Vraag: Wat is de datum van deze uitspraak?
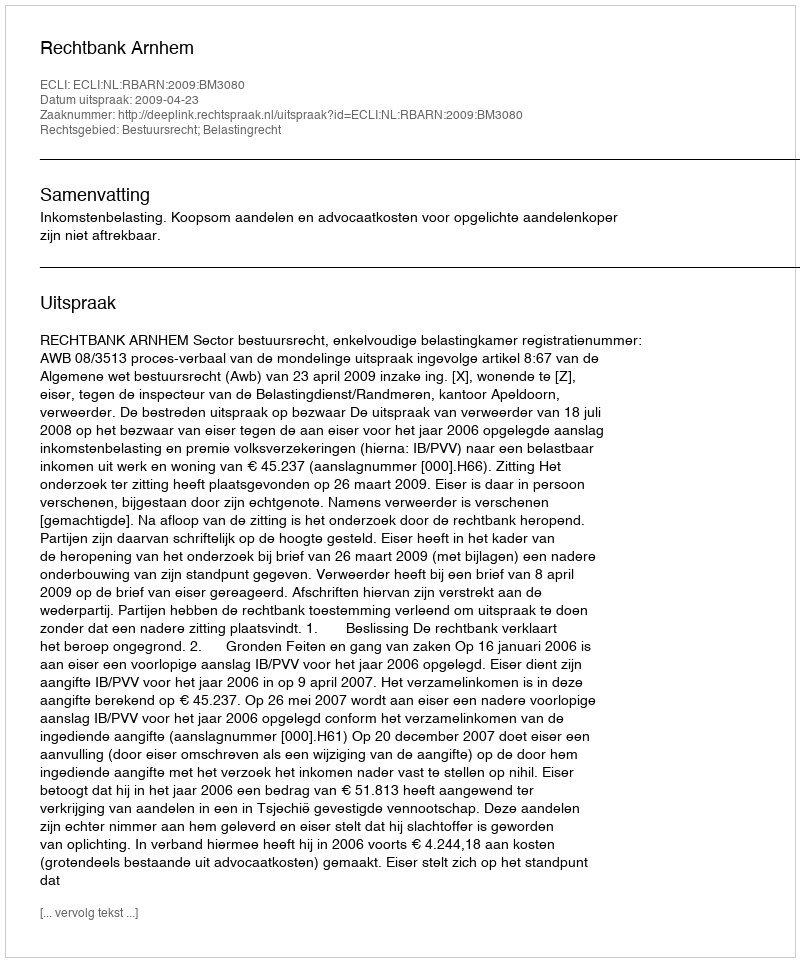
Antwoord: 2009-04-23